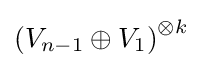
\left(V_{n-1}\oplus V_{1}\right)^{\otimes k}